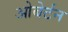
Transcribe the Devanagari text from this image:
ओबेर्टन